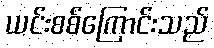
ယင်းစစ်ကြောင်းသည်